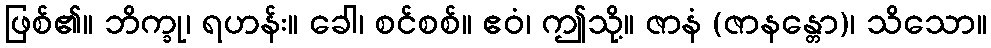
ဖြစ်၏။ ဘိက္ခု၊ ရဟန်း။ ခေါ၊ စင်စစ်။ ဧဝံ၊ ဤသို့။ ဇာနံ (ဇာနန္တော)၊ သိသော။